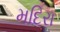
મદિરા